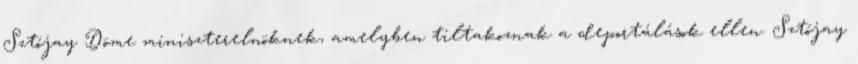
Sztójay Döme miniszterelnöknek, amelyben tiltakoznak a deportálások ellen. Sztójay